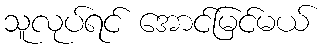
သူလုပ်ရင် အောင်မြင်မယ်